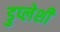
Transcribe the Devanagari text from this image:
डुप्लेशी